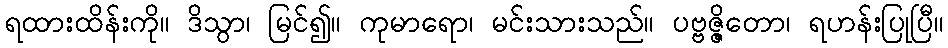
ရထားထိန်းကို။ ဒိသွာ၊ မြင်၍။ ကုမာရော၊ မင်းသားသည်။ ပဗ္ဗဇ္ဇိတော၊ ရဟန်းပြုပြီ။